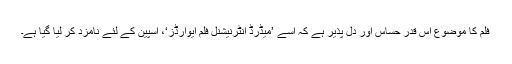
فلم کا موضوع اس قدر حساس اور دل پذیر ہے کہ اسے ’میڈرڈ انٹرنیشنل فلم ایوارڈز‘، اسپین کے لئے نامزد کر لیا گیا ہے۔